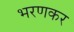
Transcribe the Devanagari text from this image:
भरणकर